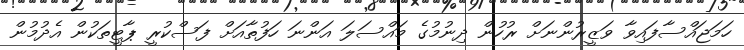
ހަމަޖައްސާފައިވާ ވަޒީރުންނަށް ރުހުން ދިނުމުގެ މައްސަލަ އަންނަ ހަފުތާއަށް ފަސްކުރީ ޕާޓީތަކުން އެދުމުން